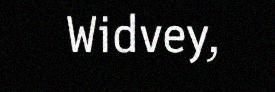
Widvey,